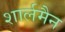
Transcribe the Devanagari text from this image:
शार्लमैन